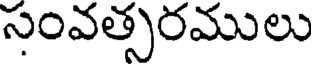
సంవత్సరములు